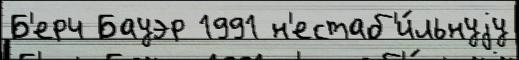
Б'ерч Бауэр 1991 н'естаб'и́льнуjу